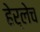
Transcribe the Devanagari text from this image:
हेर्लेच